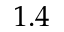
1 . 4